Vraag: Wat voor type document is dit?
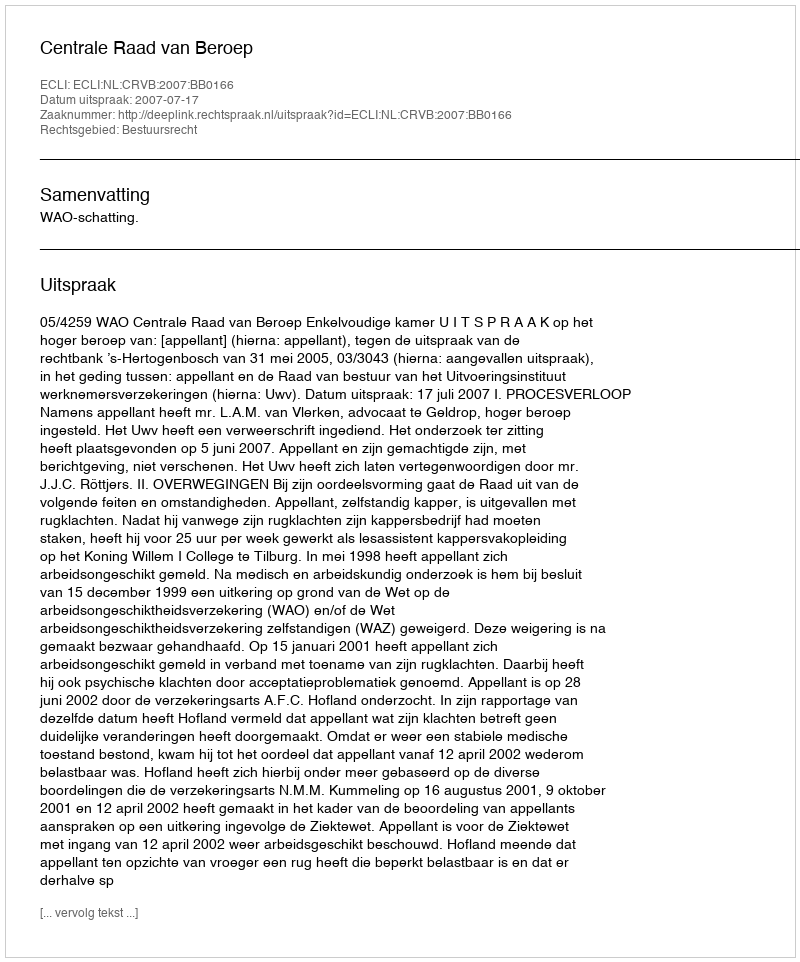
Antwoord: Uitspraak